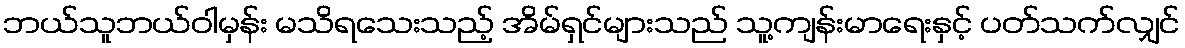
ဘယ်သူဘယ်ဝါမှန်း မသိရသေးသည့် အိမ်ရှင်များသည် သူ့ကျန်းမာရေးနှင့် ပတ်သက်လျှင်